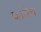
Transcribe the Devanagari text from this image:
जावेच